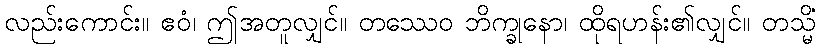
လည်းကောင်း။ ဧဝံ၊ ဤအတူလျှင်။ တဿေဝ ဘိက္ခုနော၊ ထိုရဟန်း၏လျှင်။ တသ္မိံ